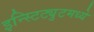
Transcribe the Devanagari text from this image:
इन्स्टिट्युटमध्ये